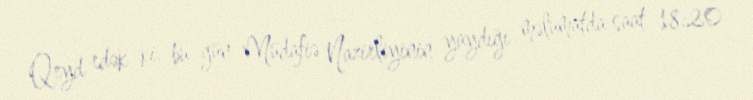
Qeyd edək ki, bu gün Müdafiə Nazirliyinin yaydığı məlumatda saat 18:20